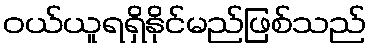
ဝယ်ယူရရှိနိုင်မည်ဖြစ်သည်